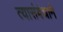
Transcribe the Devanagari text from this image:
त्यासंबंधाने